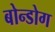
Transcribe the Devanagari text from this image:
बोन्डोग